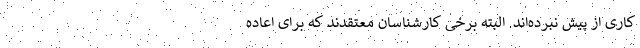
کاری از پیش نبرده‌اند. البته برخی کارشناسان معتقدند که برای اعاده